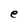
Character: e